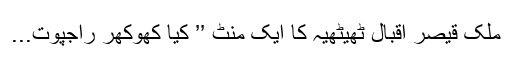
ملک قیصر اقبال ٹھیٹھیہ کا ایک منٹ ’’ کیا کھوکھر راجپوت...